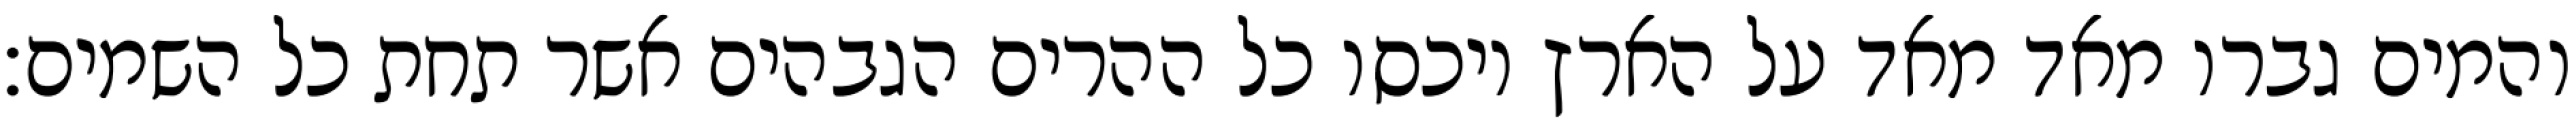
והמים גברו מאד מאד על הארץ ויכסו כל ההרים הגבהים אשר תחת כל השמים׃